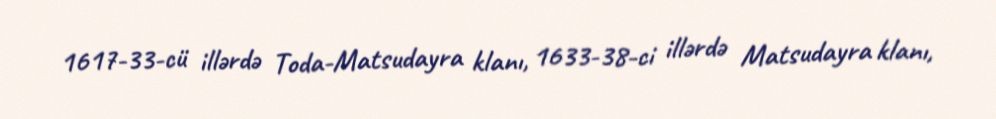
1617-33-cü illərdə Toda-Matsudayra klanı, 1633-38-ci illərdə Matsudayra klanı,